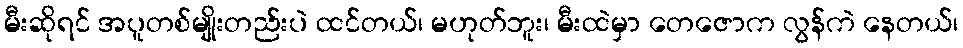
မီးဆိုရင် အပူတစ်မျိုးတည်းပဲ ထင်တယ်၊ မဟုတ်ဘူး၊ မီးထဲမှာ တေဇောက လွန်ကဲ နေတယ်၊